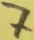
Text: 7